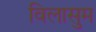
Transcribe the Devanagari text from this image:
विलासुम